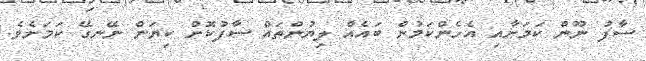
ސާފު ނޫން ކަމަށާއި އެހެންކަމުން ބައެއް ލިޔުންތައް ސާފުކޮށް ކިޔަން ނޭނގޭ ކަމަށެވެ.